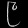
Digit: ၉